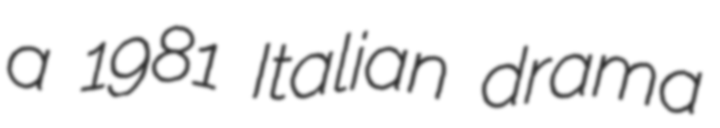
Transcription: a 1981 Italian drama